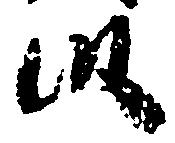
段